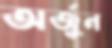
অর্জুন